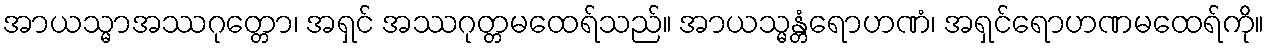
အာယသ္မာအဿဂုတ္တော၊ အရှင် အဿဂုတ္တမထေရ်သည်။ အာယသ္မန္တံရောဟဏံ၊ အရှင်ရောဟဏမထေရ်ကို။